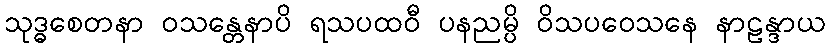
သုဒ္ဓစေတနာ ဝသန္တေနာပိ ရသပထဝီ ပနညမ္ပိ ဝိသပဝေသနေ နာဠန္ဒာယ